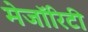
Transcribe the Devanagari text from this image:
मेजॉरिटी